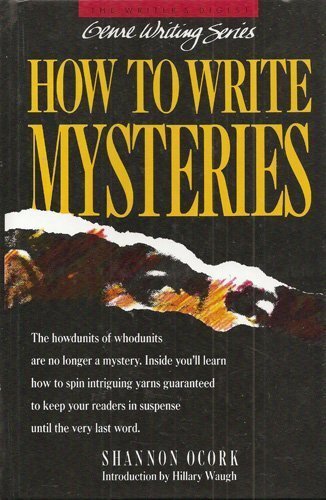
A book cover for How to Write Mysteries (Genre Writing Series); Shannon O'Cork; Mystery, Thriller & Suspense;